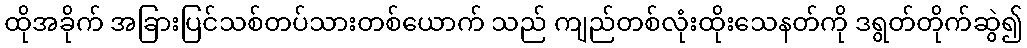
ထိုအခိုက် အခြားပြင်သစ်တပ်သားတစ်ယောက် သည် ကျည်တစ်လုံးထိုးသေနတ်ကို ဒရွတ်တိုက်ဆွဲ၍